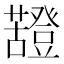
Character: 𧃵